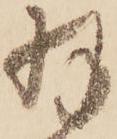
羽